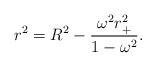
\begin{align*}r^{2}=R^{2}-\frac{\omega ^{2}r_{+}^{2}}{1-\omega ^{2}}. \end{align*}